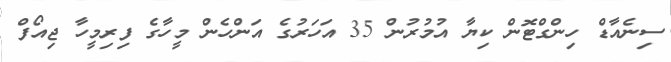
ސިނެއާޑް ހިންގްޓޮން ކިޔާ އުމުރުން 35 އަހަރުގެ އަންހެން މީހާގެ ފިރިމީހާ ޖިއޯފް